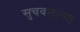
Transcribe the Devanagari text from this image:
सुचवलल्या